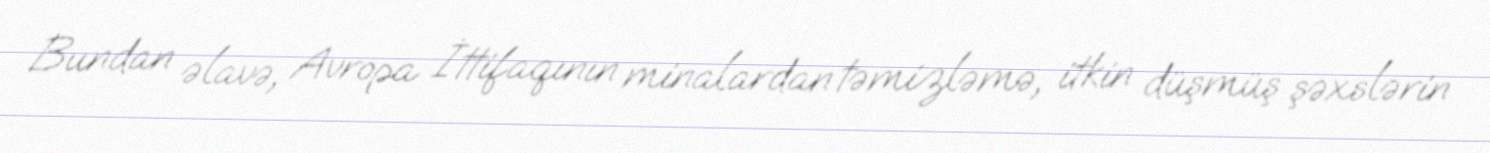
Bundan əlavə, Avropa İttifaqının minalardan təmizləmə, itkin düşmüş şəxslərin